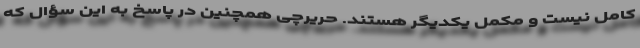
کامل نیست و مکمل یکدیگر هستند. حریرچی همچنین در پاسخ به این سؤال که